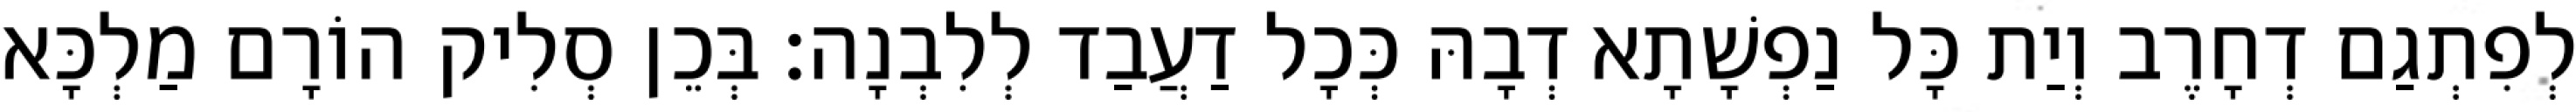
לְפִתְגַם דְחָרֶב וְיַת כָּל נַפְשָׁתָא דְבָהּ כְּכָל דַעֲבַד לְלִבְנָה׃ בְּכֵן סְלִיק הוֹרָם מַלְכָּא